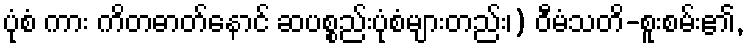
ပုံစံ ကား ကိတဓာတ်နောင် ဆပစ္စည်းပုံစံများတည်း၊) ဝီမံသတိ-စူးစမ်း၏,